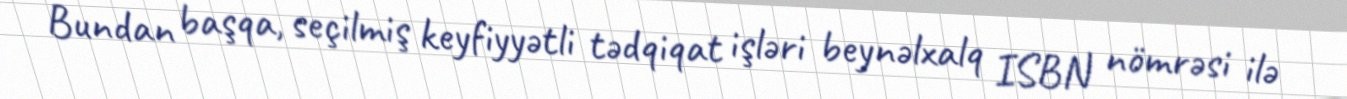
Bundan başqa, seçilmiş keyfiyyətli tədqiqat işləri beynəlxalq ISBN nömrəsi ilə